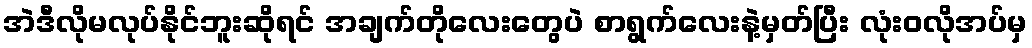
အဲဒီလိုမလုပ်နိုင်ဘူးဆိုရင် အချက်တိုလေးတွေပဲ စာရွက်လေးနဲ့မှတ်ပြီး လုံးဝလိုအပ်မှ